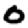
Digit: 0